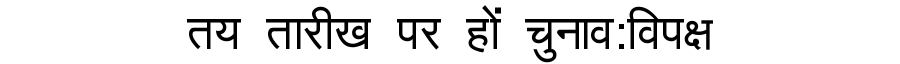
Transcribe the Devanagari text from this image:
तय तारीख पर हों चुनाव:विपक्ष